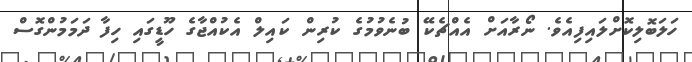
ހަލަބޮލިކޮށްލައިފިއެވެ. ނޯރާއަށް އެއްޗެކޭ ބުނެވުމުގެ ކުރިން ކައިލް އެކުއްޖާގެ ހޫޑީގައި ހިފާ ދަމަމުންގޮސް